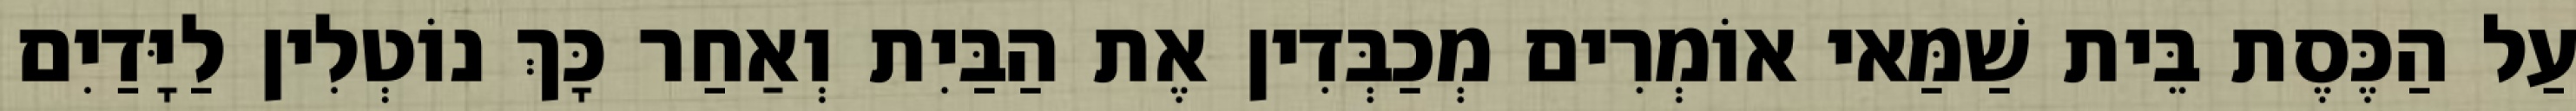
עַל הַכֶּסֶת בֵּית שַׁמַּאי אוֹמְרִים מְכַבְּדִין אֶת הַבַּיִת וְאַחַר כָּךְ נוֹטְלִין לַיָּדַיִם